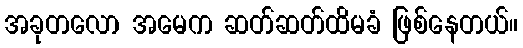
အခုတလော အမေက ဆတ်ဆတ်ထိမခံ ဖြစ်နေတယ်။